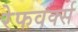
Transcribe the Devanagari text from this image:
रेफवर्क्स